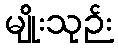
မျိုးသုဉ်း